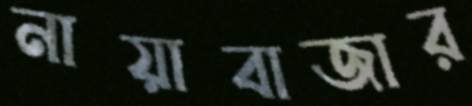
নায়াবাজার